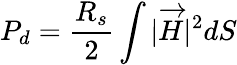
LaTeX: P_{d}={\frac{R_{s}}{2}}\int{|{\overrightarrow{H}}|^{2}dS}